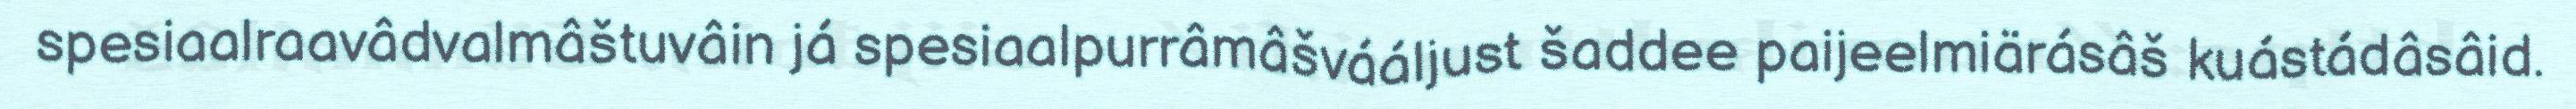
spesiaalraavâdvalmâštuvâin já spesiaalpurrâmâšvááljust šaddee paijeelmiärásâš kuástádâsâid.